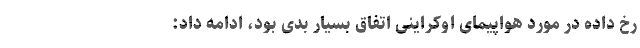
رخ داده در مورد هواپیمای اوکراینی اتفاق بسیار بدی بود، ادامه داد: